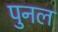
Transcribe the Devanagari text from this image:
पुनल